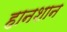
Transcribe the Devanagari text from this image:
हानशान